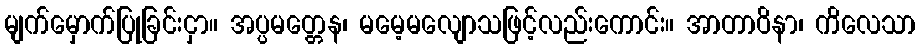
မျက်မှောက်ပြုခြင်းငှာ။ အပ္ပမတ္တေန၊ မမေ့မလျောသဖြင့်လည်းကောင်း။ အာတာဝိနာ၊ ကိလေသာ